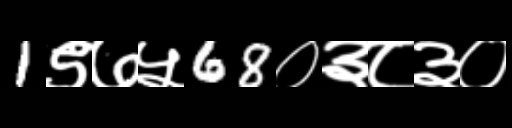
Text: 1९७५68०३८३०